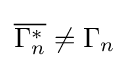
{\overline {\Gamma _{n}^{*}}}\neq \Gamma _{n}